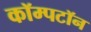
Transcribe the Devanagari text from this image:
कॉम्पटॉन